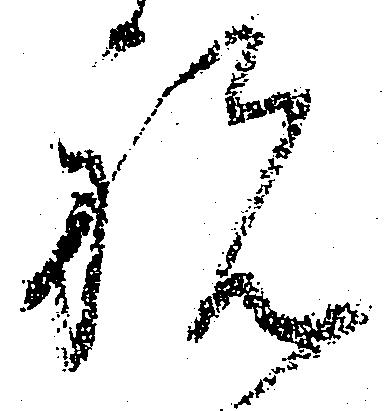
祝